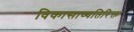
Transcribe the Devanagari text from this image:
विकासाव्यतिरिक्त